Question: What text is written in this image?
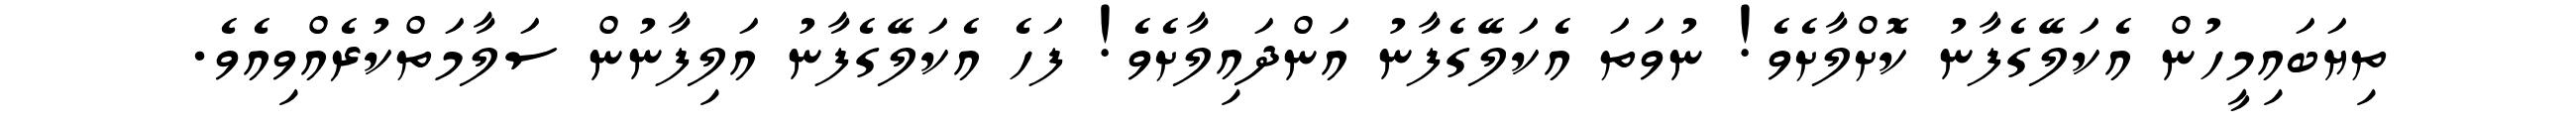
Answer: ތިޔަބައިމީހުން އެކަލޭގެފާނު ކޮށްލާށެވެ! ނުވަތަ އެކަލޭގެފާނު އަންދައިލާށެވެ! ފަހެ އެކަލޭގެފާނު އަލިފާނުން ސަލާމަތްކުރެއްވިއެވެ.